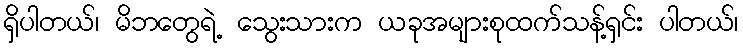
ရှိပါတယ်၊ မိဘတွေရဲ့ သွေးသားက ယခုအများစုထက်သန့်ရှင်း ပါတယ်၊